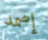
إصمد